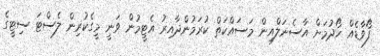
ފޯވާޑެއް ހޯދުމަށް އާސެނަލްއިން މަސައްކަތް ކުރަމުންދާއިރު އެޓީމުން ވަނީ މީގެކުރިން ލެސްޓަ ސިޓީގެ